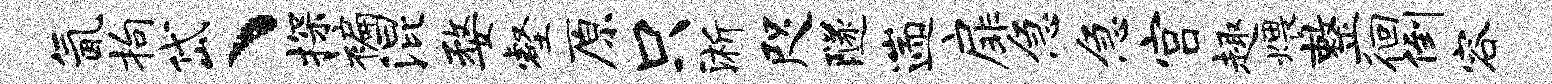
氤拘岱、探褊混婺壑原只淅咫隧遄扉急急宫趣煨整徊倒容